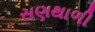
સણથાળી